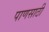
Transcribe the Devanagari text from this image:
पाणसाठी